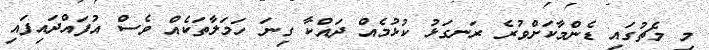
މި މެޗުގައި ޑެންމާކަށްވުރެ ރަނގަޅު ކުޅުމެއް ދައްކާ ގިނަ ހަމަލާތަކެއް ވެސް އުފައްދައިފައި